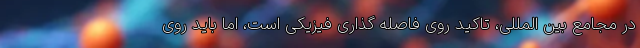
در مجامع بین المللی، تاکید روی فاصله گذاری فیزیکی است، اما باید روی